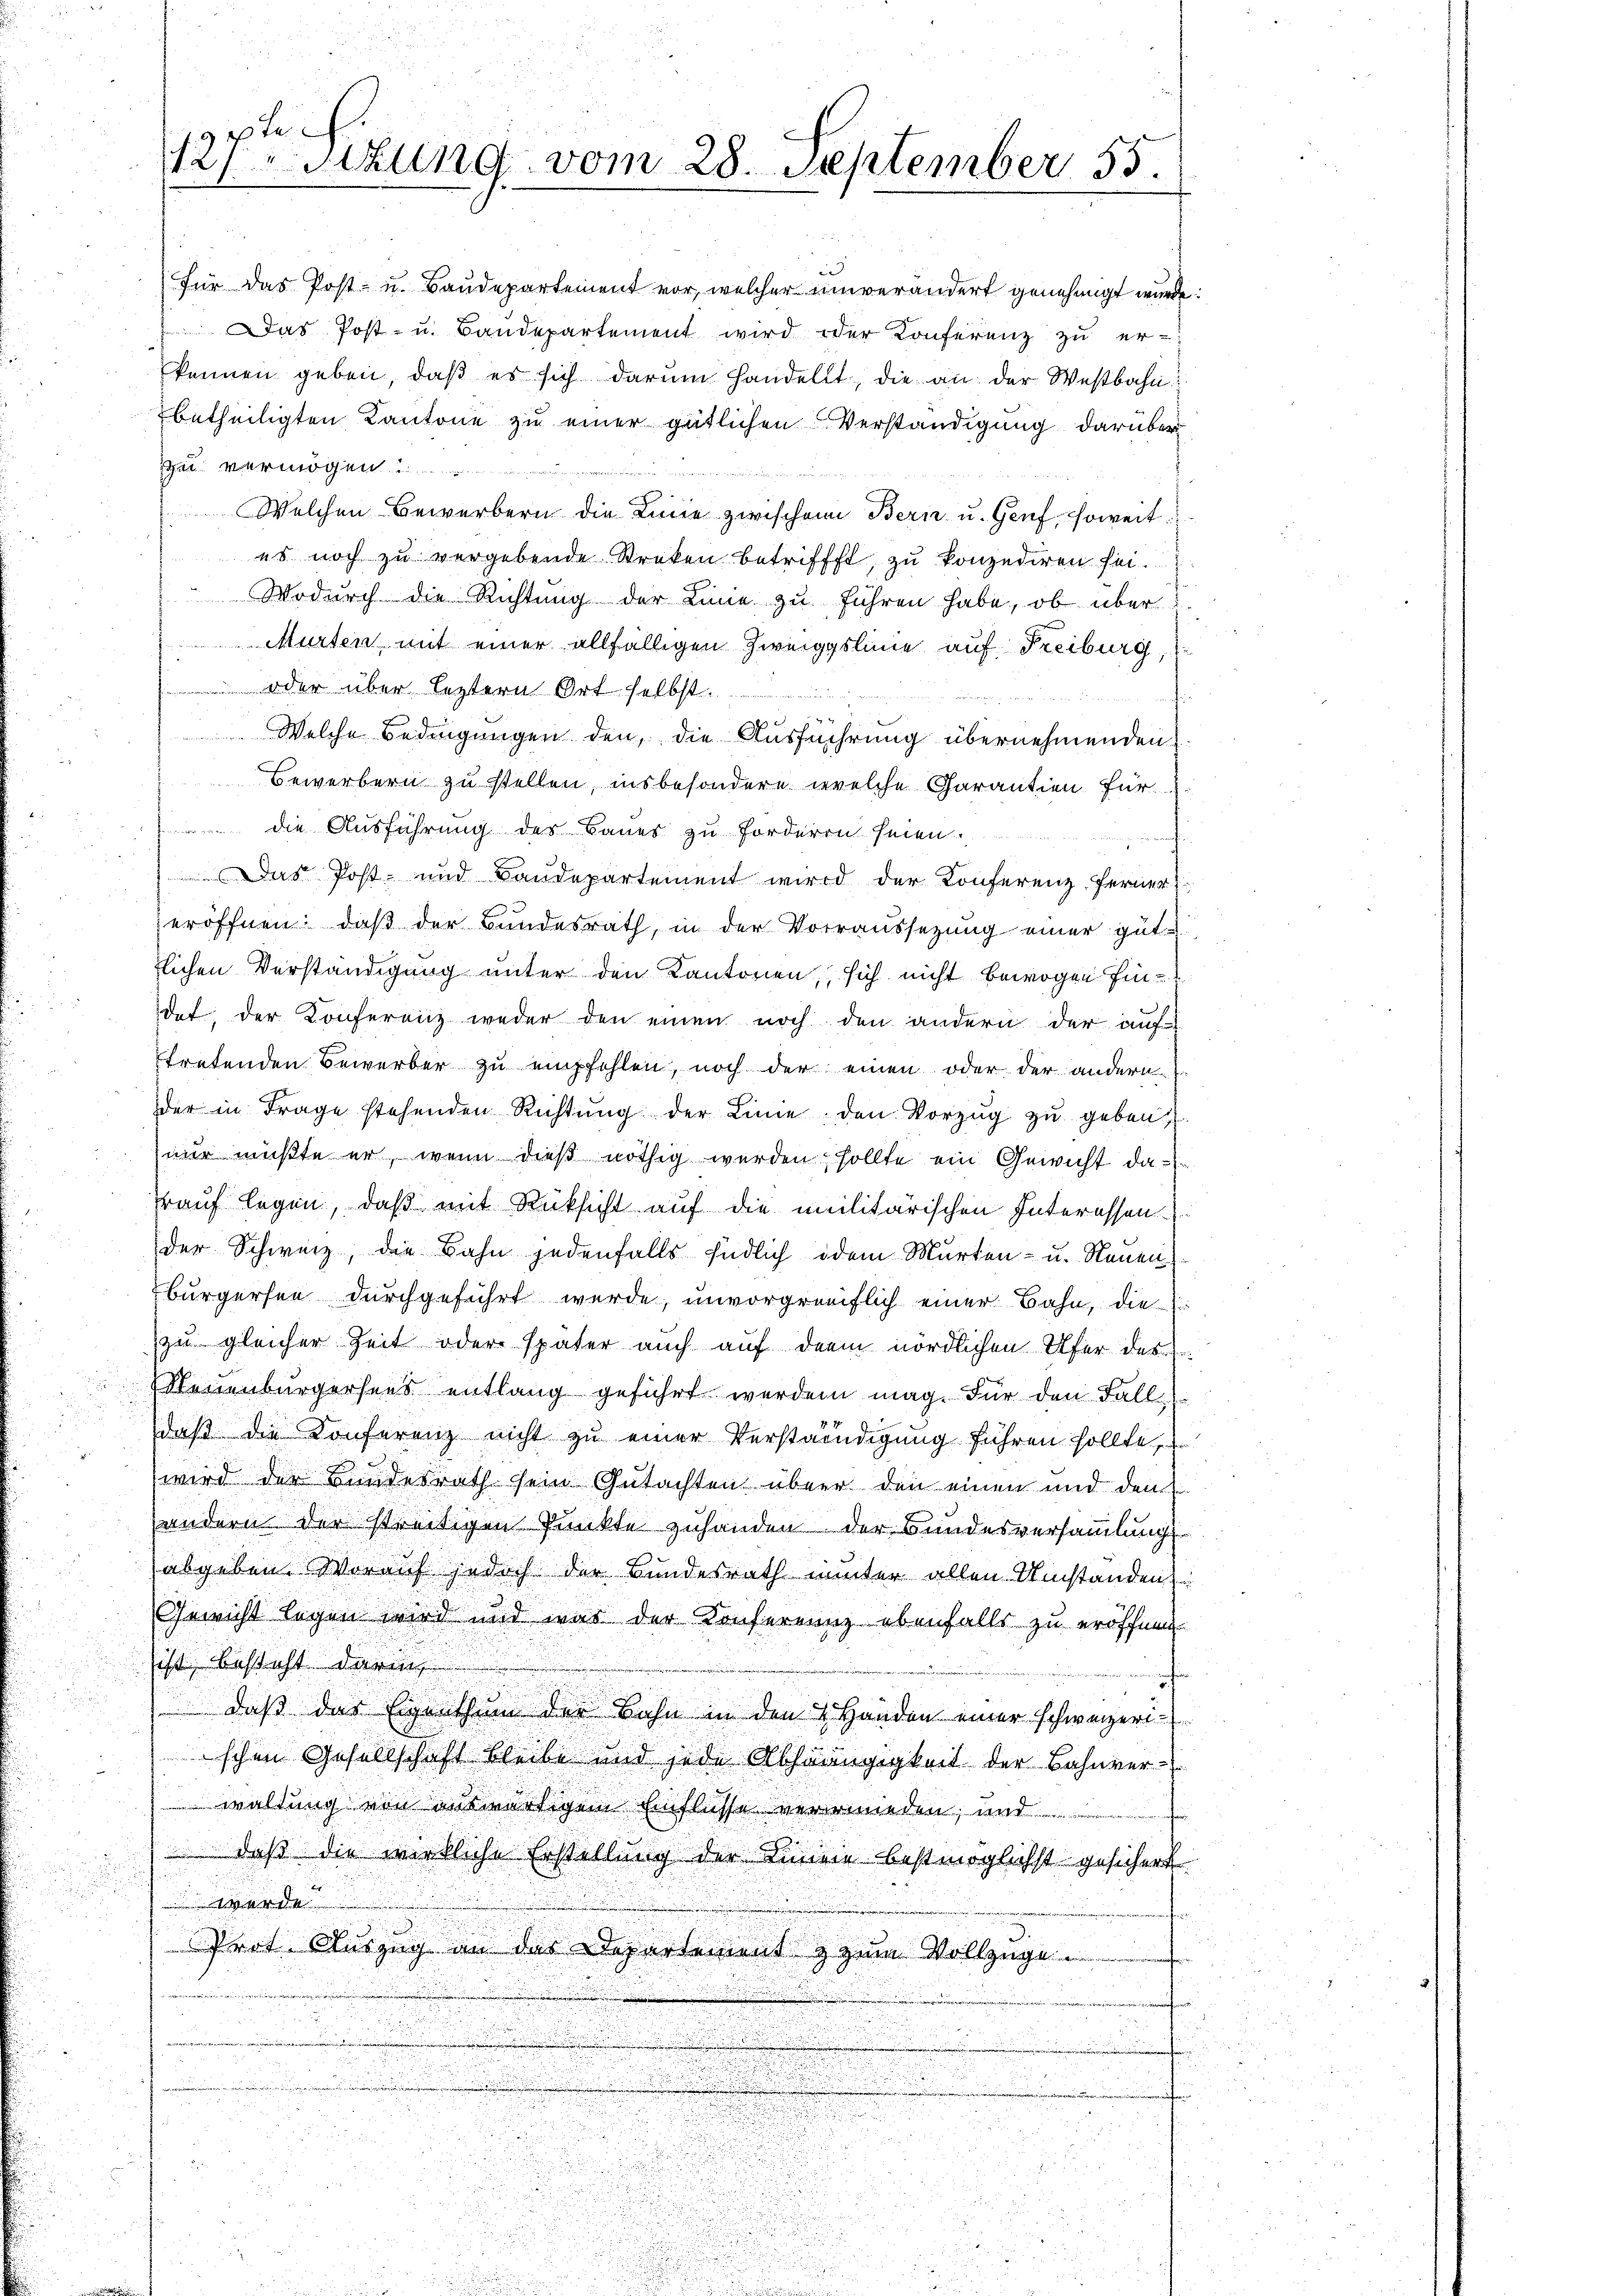
i
Für das Post- u. Baudepartement vor, welcher unverändert genehmigt wurde:
Das Post- u. Baudepartement wird oder Konferenz zŭ er-
können geben, daβ es sich darŭm handellt, die an der Westbahn
betheiligten Kantone zu einer gütlichen Verständigung darüber
zu vermögen

Welchen Bewerbern die Linie zwischen Bern u. Genf, soweit
es noch zu vergebende Streken betrifft, zu konzediren sei.
Wodŭrch die Richtŭng der Linie zŭ führen habe, ob über
 Murten mit einer allfälligen Zweiggslinie auf Freiburg,
oder über leztern Ort selbst.
 2. Bericht
Welche Bedingungen den, die Ausführung übernehmenden
Bewerbern zu stellen, insbesondere welche Garantien für
 die Ausführung des Baues zu forderen seien.
t
Das Post- und Baudepartement wird der Konferenz ferner
eröffnen: daß der Bundesrath, in der Vorraussetzung einer gute
lichen Verständigung unter den Kantonen, sich nicht bewogen Eindet, der Konferenz weder den einen noch den andern der auf
tretenden Bewerber zu empfehlen, noch der einen oder der andern
der in Frage stehenden Richtŭng der Linie den Vorzŭg zŭ geben,
nur müßte er, wenn dies nöthig werden, sollte ein Gewicht da-
rauf legen, daß mit Rücksicht auf die militärischen Interessen
der Schweiz, die Bahn jedenfalls Endlich odem Marten- u. Neuen
bürgersen durchgeführt werde, unvorgerreiflich einer Bahn, diezu gleicher Zeit oder später auch auf dem nördlichen Ufer des
Neuenburgersees entlang geführt werden mag. Für den Fall
daß die Konferenz nicht zu einer Verständigung führen sollte,
wird der Bundesrath sein Gutachten über den einen und dem
andern der streitigen Punkte zuhanden der Bundesversammlung
abgeben. Worauf jedoch der Bundesrath unter allen Umständen
Gewicht legen wird und war der Konfernung ebenfalls zu eröffnen.
sist besteht darin
daß der Eigenthum der Bahn in den 2 Händen einer schweizerischen Gesellschaft bleibe und jede Abhängigkeit der Bahnver-
waltung von auswärtigem Einflüsse verwenden, und
daß die wirkliche Erstellung der Linien bestmöglichst gesichert
u
werde
5
Prot. Auszug an der Departement & zum Vollzuge
nge
n

.

.
e
.
.
s
s

127 Stzung vom 28. September 55.